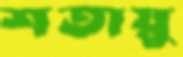
শতায়ু